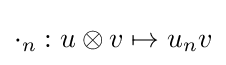
\cdot _{n}:u\otimes v\mapsto u_{n}v